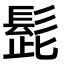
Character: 髭